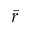
\bar { r }